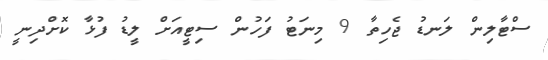
ސްޓާލިން ލަނޑު ޖެހިތާ 9 މިނަޓު ފަހުން ސިޓީއަށް ލީޑު ފުޅާ ކޮށްދިނީ